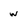
Character: w